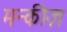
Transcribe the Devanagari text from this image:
मन्कीज़